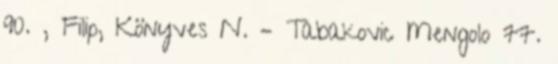
90. , Filip, Könyves N. – Tabakovic Mengolo 77.